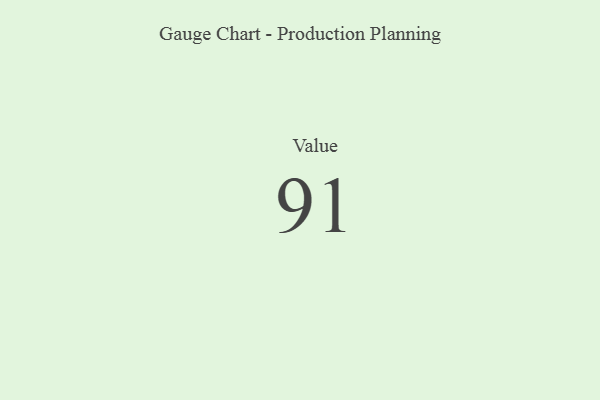
{"axis": {"x": "Metric", "y": "Value"}, "legend": [""], "data": [{"x": "Value", "y": 91, "type": ""}]}